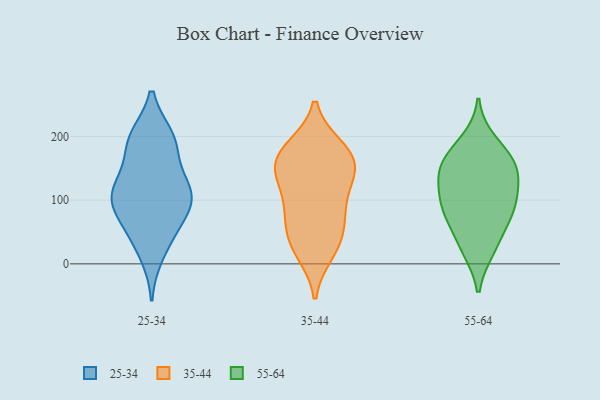
{"axis": {"x": "Humidity (%)", "y": "Value"}, "legend": ["25-34", "35-44", "55-64"], "data": [{"x": "", "y": 198, "type": "25-34"}, {"x": "", "y": 101, "type": "25-34"}, {"x": "", "y": 102, "type": "25-34"}, {"x": "", "y": 196, "type": "25-34"}, {"x": "", "y": 15, "type": "25-34"}, {"x": "", "y": 126, "type": "25-34"}, {"x": "", "y": 55, "type": "25-34"}, {"x": "", "y": 49, "type": "25-34"}, {"x": "", "y": 118, "type": "25-34"}, {"x": "", "y": 122, "type": "25-34"}, {"x": "", "y": 196, "type": "25-34"}, {"x": "", "y": 99, "type": "25-34"}, {"x": "", "y": 83, "type": "25-34"}, {"x": "", "y": 177, "type": "25-34"}, {"x": "", "y": 71, "type": "35-44"}, {"x": "", "y": 146, "type": "35-44"}, {"x": "", "y": 176, "type": "35-44"}, {"x": "", "y": 92, "type": "35-44"}, {"x": "", "y": 35, "type": "35-44"}, {"x": "", "y": 35, "type": "35-44"}, {"x": "", "y": 140, "type": "35-44"}, {"x": "", "y": 181, "type": "35-44"}, {"x": "", "y": 19, "type": "35-44"}, {"x": "", "y": 166, "type": "35-44"}, {"x": "", "y": 83, "type": "35-44"}, {"x": "", "y": 165, "type": "35-44"}, {"x": "", "y": 132, "type": "35-44"}, {"x": "", "y": 76, "type": "55-64"}, {"x": "", "y": 142, "type": "55-64"}, {"x": "", "y": 105, "type": "55-64"}, {"x": "", "y": 192, "type": "55-64"}, {"x": "", "y": 72, "type": "55-64"}, {"x": "", "y": 161, "type": "55-64"}, {"x": "", "y": 28, "type": "55-64"}, {"x": "", "y": 148, "type": "55-64"}, {"x": "", "y": 23, "type": "55-64"}, {"x": "", "y": 102, "type": "55-64"}, {"x": "", "y": 87, "type": "55-64"}, {"x": "", "y": 138, "type": "55-64"}, {"x": "", "y": 168, "type": "55-64"}]}